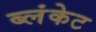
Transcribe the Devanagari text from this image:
ब्लंकेट